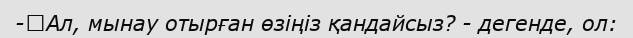
-	Ал, мынау отырған өзіңіз қандайсыз? - дегенде, ол: